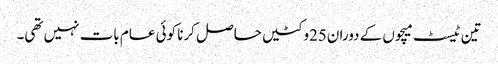
تین ٹیسٹ میچوں کے دوران25وکٹیں حاصل کرنا کوئی عام بات نہیں تھی۔